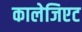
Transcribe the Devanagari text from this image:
कालेजिएट